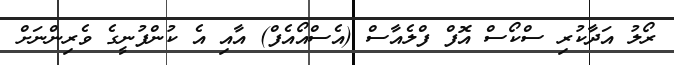
ރޯލު އަދާކުރި ސްކޯސް އޮފް ފްލެއާސް (އެސްއޯއެފް) އާއި އެ ކުންފުނީގެ ވެރިންނަށް